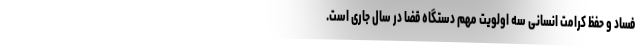
فساد و حفظ کرامت انسانی سه اولویت مهم دستگاه قضا در سال جاری است.